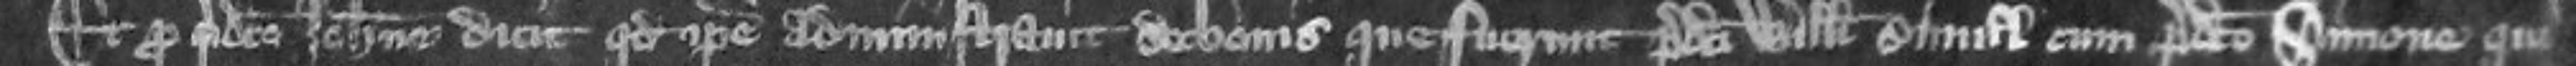
Et pro predicto Johanne dicit quod ipse administravit de bonis que fuerunt predicti Willelmi simul cum predicto Simone qui